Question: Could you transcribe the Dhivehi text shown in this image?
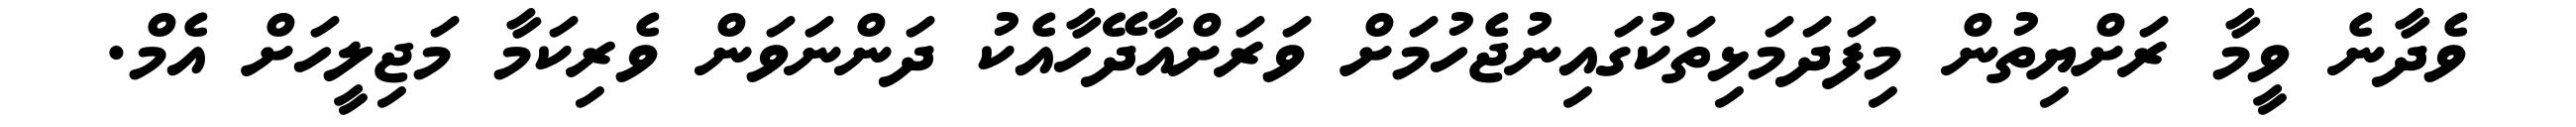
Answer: ވެދާނެ ވީމާ ރަށްޔިތުން މިފަދަމަޅިތަކުގައިނުޖެހުމަށް ވަރަށްއާދޭހާއެކު ދަންނަވަން ވެރިކަމާ މަޖިލީހަށް އެމް.